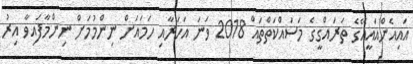
އައިއެންއައީއޭގެ ތަރައްގީގެ މަސައްކަތްތައް 2018 ވަނަ އަހަރާއި ހަމައަށް ނިންމުމަށް ނިންމާފައިވާ އިރު